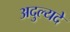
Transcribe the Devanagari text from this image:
अदुल्यदे